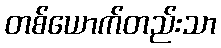
တစ်ယောက်တည်းသာ